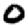
Digit: 0